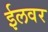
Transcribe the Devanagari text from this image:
ईलवर